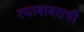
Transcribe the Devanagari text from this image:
त्याबाबतची